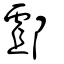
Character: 䣜